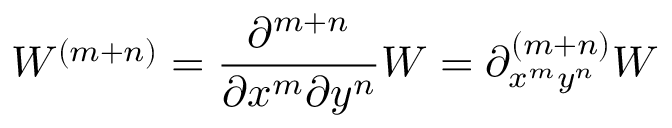
W ^ { ( m + n ) } = \frac { \partial ^ { m + n } } { \partial x ^ { m } \partial y ^ { n } } W = \partial _ { x ^ { m } y ^ { n } } ^ { ( m + n ) } W